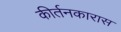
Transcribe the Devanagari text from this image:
कीर्तनकारास